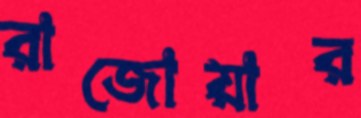
রাজোয়ার